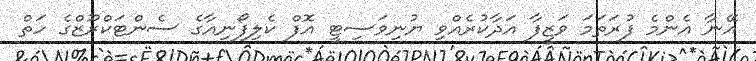
އޭނާ އެންމެ ފުރަތަމަ ވަޒީފާ އަދާކުރެއްވި ޔުނިވަސިޓީ އޮފް ކެލިފޯނިއާގެ ސެންޓަކްރޫޒްގެ ހަތް